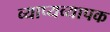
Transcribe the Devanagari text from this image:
व्याप्यव्यापक